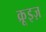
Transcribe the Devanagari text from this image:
क्रूइज़